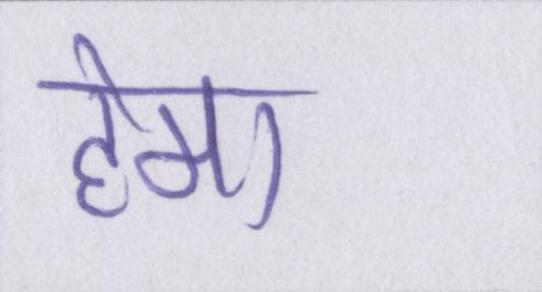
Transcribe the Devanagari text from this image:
हेमा